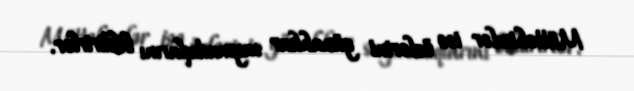
Müttəhimlər isə özlərini günahkar saymadıqlarını bildirirlər.